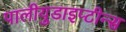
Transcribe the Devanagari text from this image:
पालीयुडाइप्टीन्स